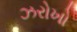
ઝરોખો